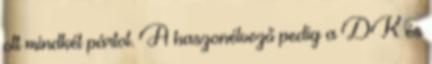
ott mindkét pártot. A haszonélvező pedig a DK és